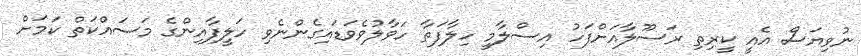
ނުވިޔަސް އެއީ ކީރިތި ރަސޫލާއަށްފަހު އިސްލާމީ ހިލާފަތާ ހަވާލުވެވަޑައިގެންނެވި ހަލީފާއިންގެ މަސައްކަތް ކަމަށް